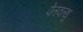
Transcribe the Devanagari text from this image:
पेतवत्थु